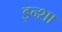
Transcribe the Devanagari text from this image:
इन्शा